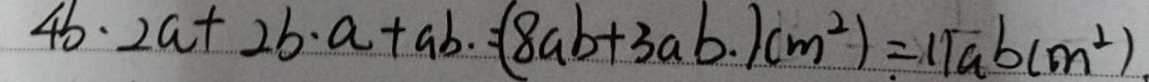
4 b \cdot 2 a + 2 b \cdot a + a b \cdot = ( 8 a b + 3 a b \cdot ) ( m ^ { 2 } ) = 1 1 a b ( m ^ { 2 } ) .